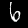
Digit: 6